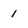
Character: 1